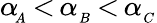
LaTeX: \alpha\! _{_A}\, {<}\, \alpha_{_B}\, {<}\, \alpha_{_C}